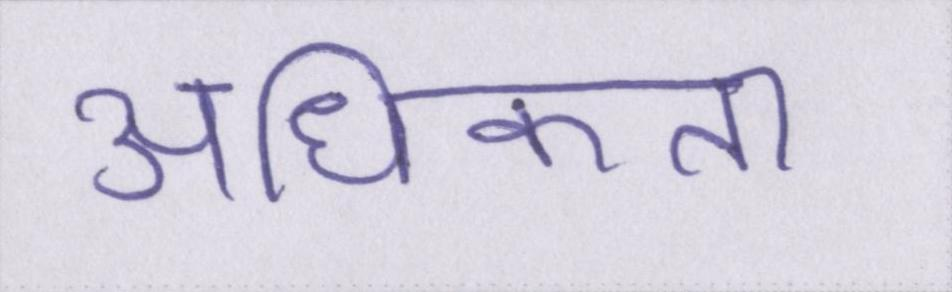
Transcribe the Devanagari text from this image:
अधिकता